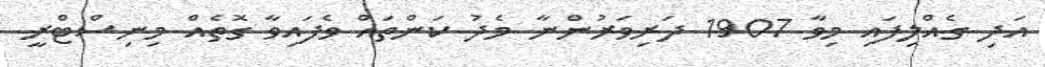
އަދި ގެއްލިފައި މިވާ 1907 ދަރިވަރުންނާ މެދު ކަންތައް ވެފައިވާ ގޮތެއް މިނިސްޓްރީ